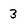
Character: 3